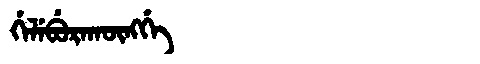
Manchu: ᡤᡝᠯᡝᠪᡠᡵᠠᡴᡡᠩᡤᡝ
Romanization: GELEBURAKŪNGGE